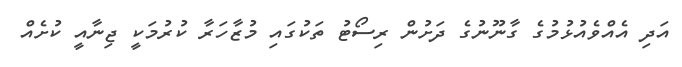
އަދި އެއްވެއުޅުމުގެ ގާނޫނުގެ ދަށުން ރިސޯޓު ތަކުގައި މުޒާހަރާ ކުރުމަކީ ޖިނާއީ ކުށެއް